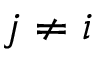
j \neq i